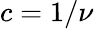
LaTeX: c=1/\nu